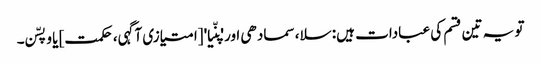
تو یہ تین قسم کی عبادات ہیں: سلا، سمادھی اور 'پنّیا' [امتیازی آگہی، حکمت] یا وپسّن۔